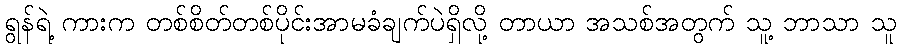
ရွန်ရဲ့ ကားက တစ်စိတ်တစ်ပိုင်းအာမခံချက်ပဲရှိလို့ တာယာ အသစ်အတွက် သူ့ ဘာသာ သူ